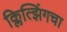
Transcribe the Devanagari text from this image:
क्लित्झिंगचा